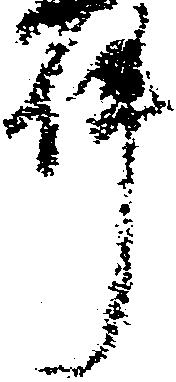
件